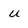
Character: u